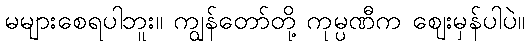
မများစေရပါဘူး။ ကျွန်တော်တို့ ကုမ္ပဏီက ဈေးမှန်ပါပဲ။